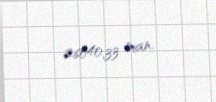
26040,33 man.